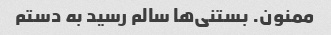
ممنون. بستنی‌ها سالم رسید به دستم